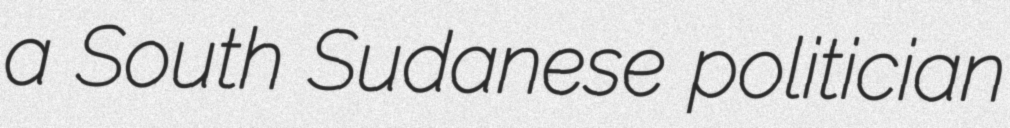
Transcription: a South Sudanese politician